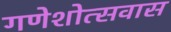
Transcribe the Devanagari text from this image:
गणेशोत्सवास